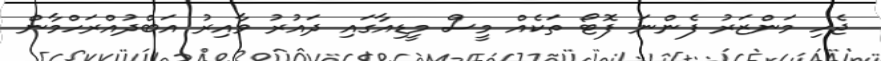
ޖެހި މަންޒަރު ފެންނަ ފޮޓޯ ތަކެއް މީސް މީޑިއާގައި ދައުރު ވާއިރު އަބްދުއްރަހްމާން